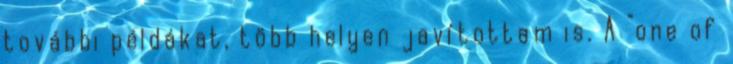
további példákat, több helyen javítottam is. A "one of